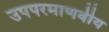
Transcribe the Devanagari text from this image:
उपपरमाणवीय